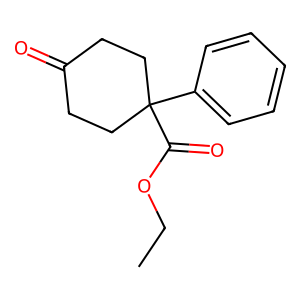
SMILES: CCOC(=O)C1(c2ccccc2)CCC(=O)CC1
Inhibits HIV replication: No